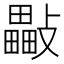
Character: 𣀜